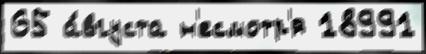
65 а́вгуста н'есмотр'я 18991